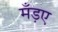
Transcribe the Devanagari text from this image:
मँड़ए